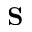
{ \bf S }